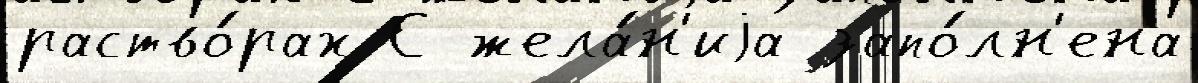
раство́рах С жела́н'иjа запо́лн'ена